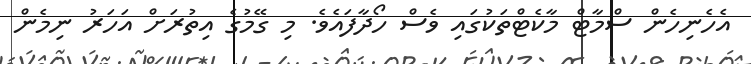
އެހެނިހެން ސްމާޓް މާކެޓްތަކުގައި ވެސް ހޯދާފައެވެ. މި ގޭމުގެ އިތުރަށް އަހަރު ނިމެން